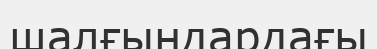
шалғындардағы